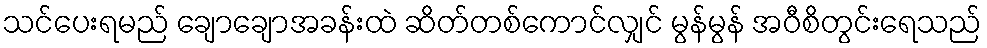
သင်ပေးရမည် ချောချောအခန်းထဲ ဆိတ်တစ်ကောင်လျှင် မွန်မွန် အဝီစိတွင်းရေသည်